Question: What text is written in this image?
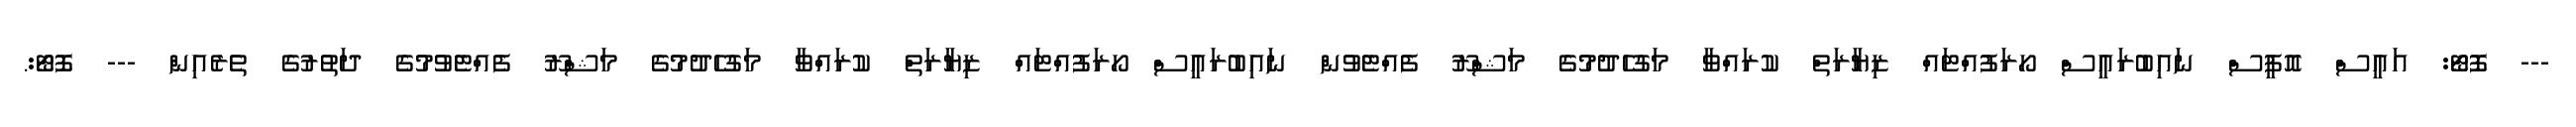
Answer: --- ފޮޓޯ: އައީސް އޮފީސް ނައިބުރައީސް ހޯރަފުއްޓައް ޒިޔާރަތް ކުރައްވާ މަގުހެދުމުގެ މަޝްރޫ ފެއްޓެވުން ނައިބުރައީސް ހޯރަފުއްޓައް ޒިޔާރަތް ކުރައްވާ މަގުހެދުމުގެ މަޝްރޫ ފެއްޓެވުމުގެ ދަތުރުގެ ތެރެއިން --- ފޮޓޯ:.